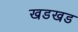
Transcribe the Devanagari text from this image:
खडखड